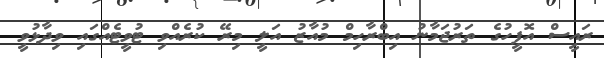
ރައީސް އޮފީހުގެ ތަރުޖަމާނު އިބްރާހިމް މުއާޒު އަލީ މިރޭ ކުރެއްވި ޓުވީޓެއްގައި ވިދާޅުވީ